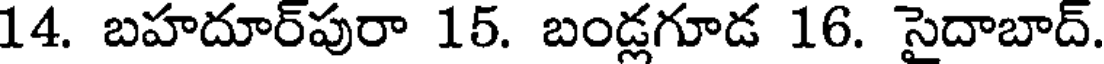
14. బహదూర్పురా 15. బండ్లగూడ 16. సైదాబాద్.